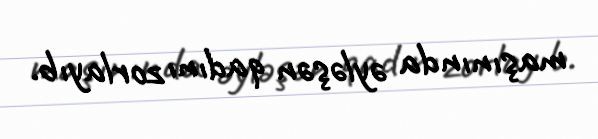
maşınında əyləşən qadını zorlayıb.